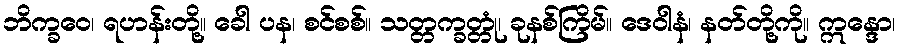
ဘိက္ခဝေ၊ ရဟန်းတို့။ ခေါ ပန၊ စင်စစ်။ သတ္တက္ခတ္တုံ၊ ခုနစ်ကြိမ်။ ဒေဝါနံ၊ နတ်တို့ကို။ ဣန္ဒော၊